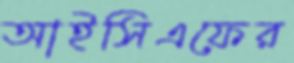
আইসিএফের